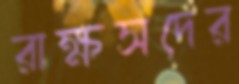
রাক্ষসদের